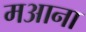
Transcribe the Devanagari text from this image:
मआना